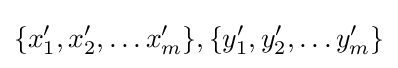
\{x_{1}',x_{2}',\dots x_{m}'\},\{y_{1}',y_{2}',\dots y_{m}'\}